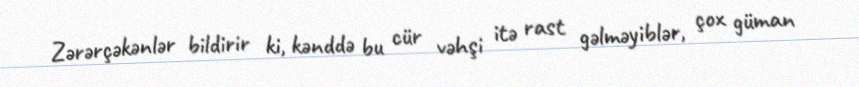
Zərərçəkənlər bildirir ki, kənddə bu cür vəhşi itə rast gəlməyiblər, çox güman